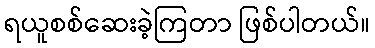
ရယူစစ်ဆေးခဲ့ကြတာ ဖြစ်ပါတယ်။